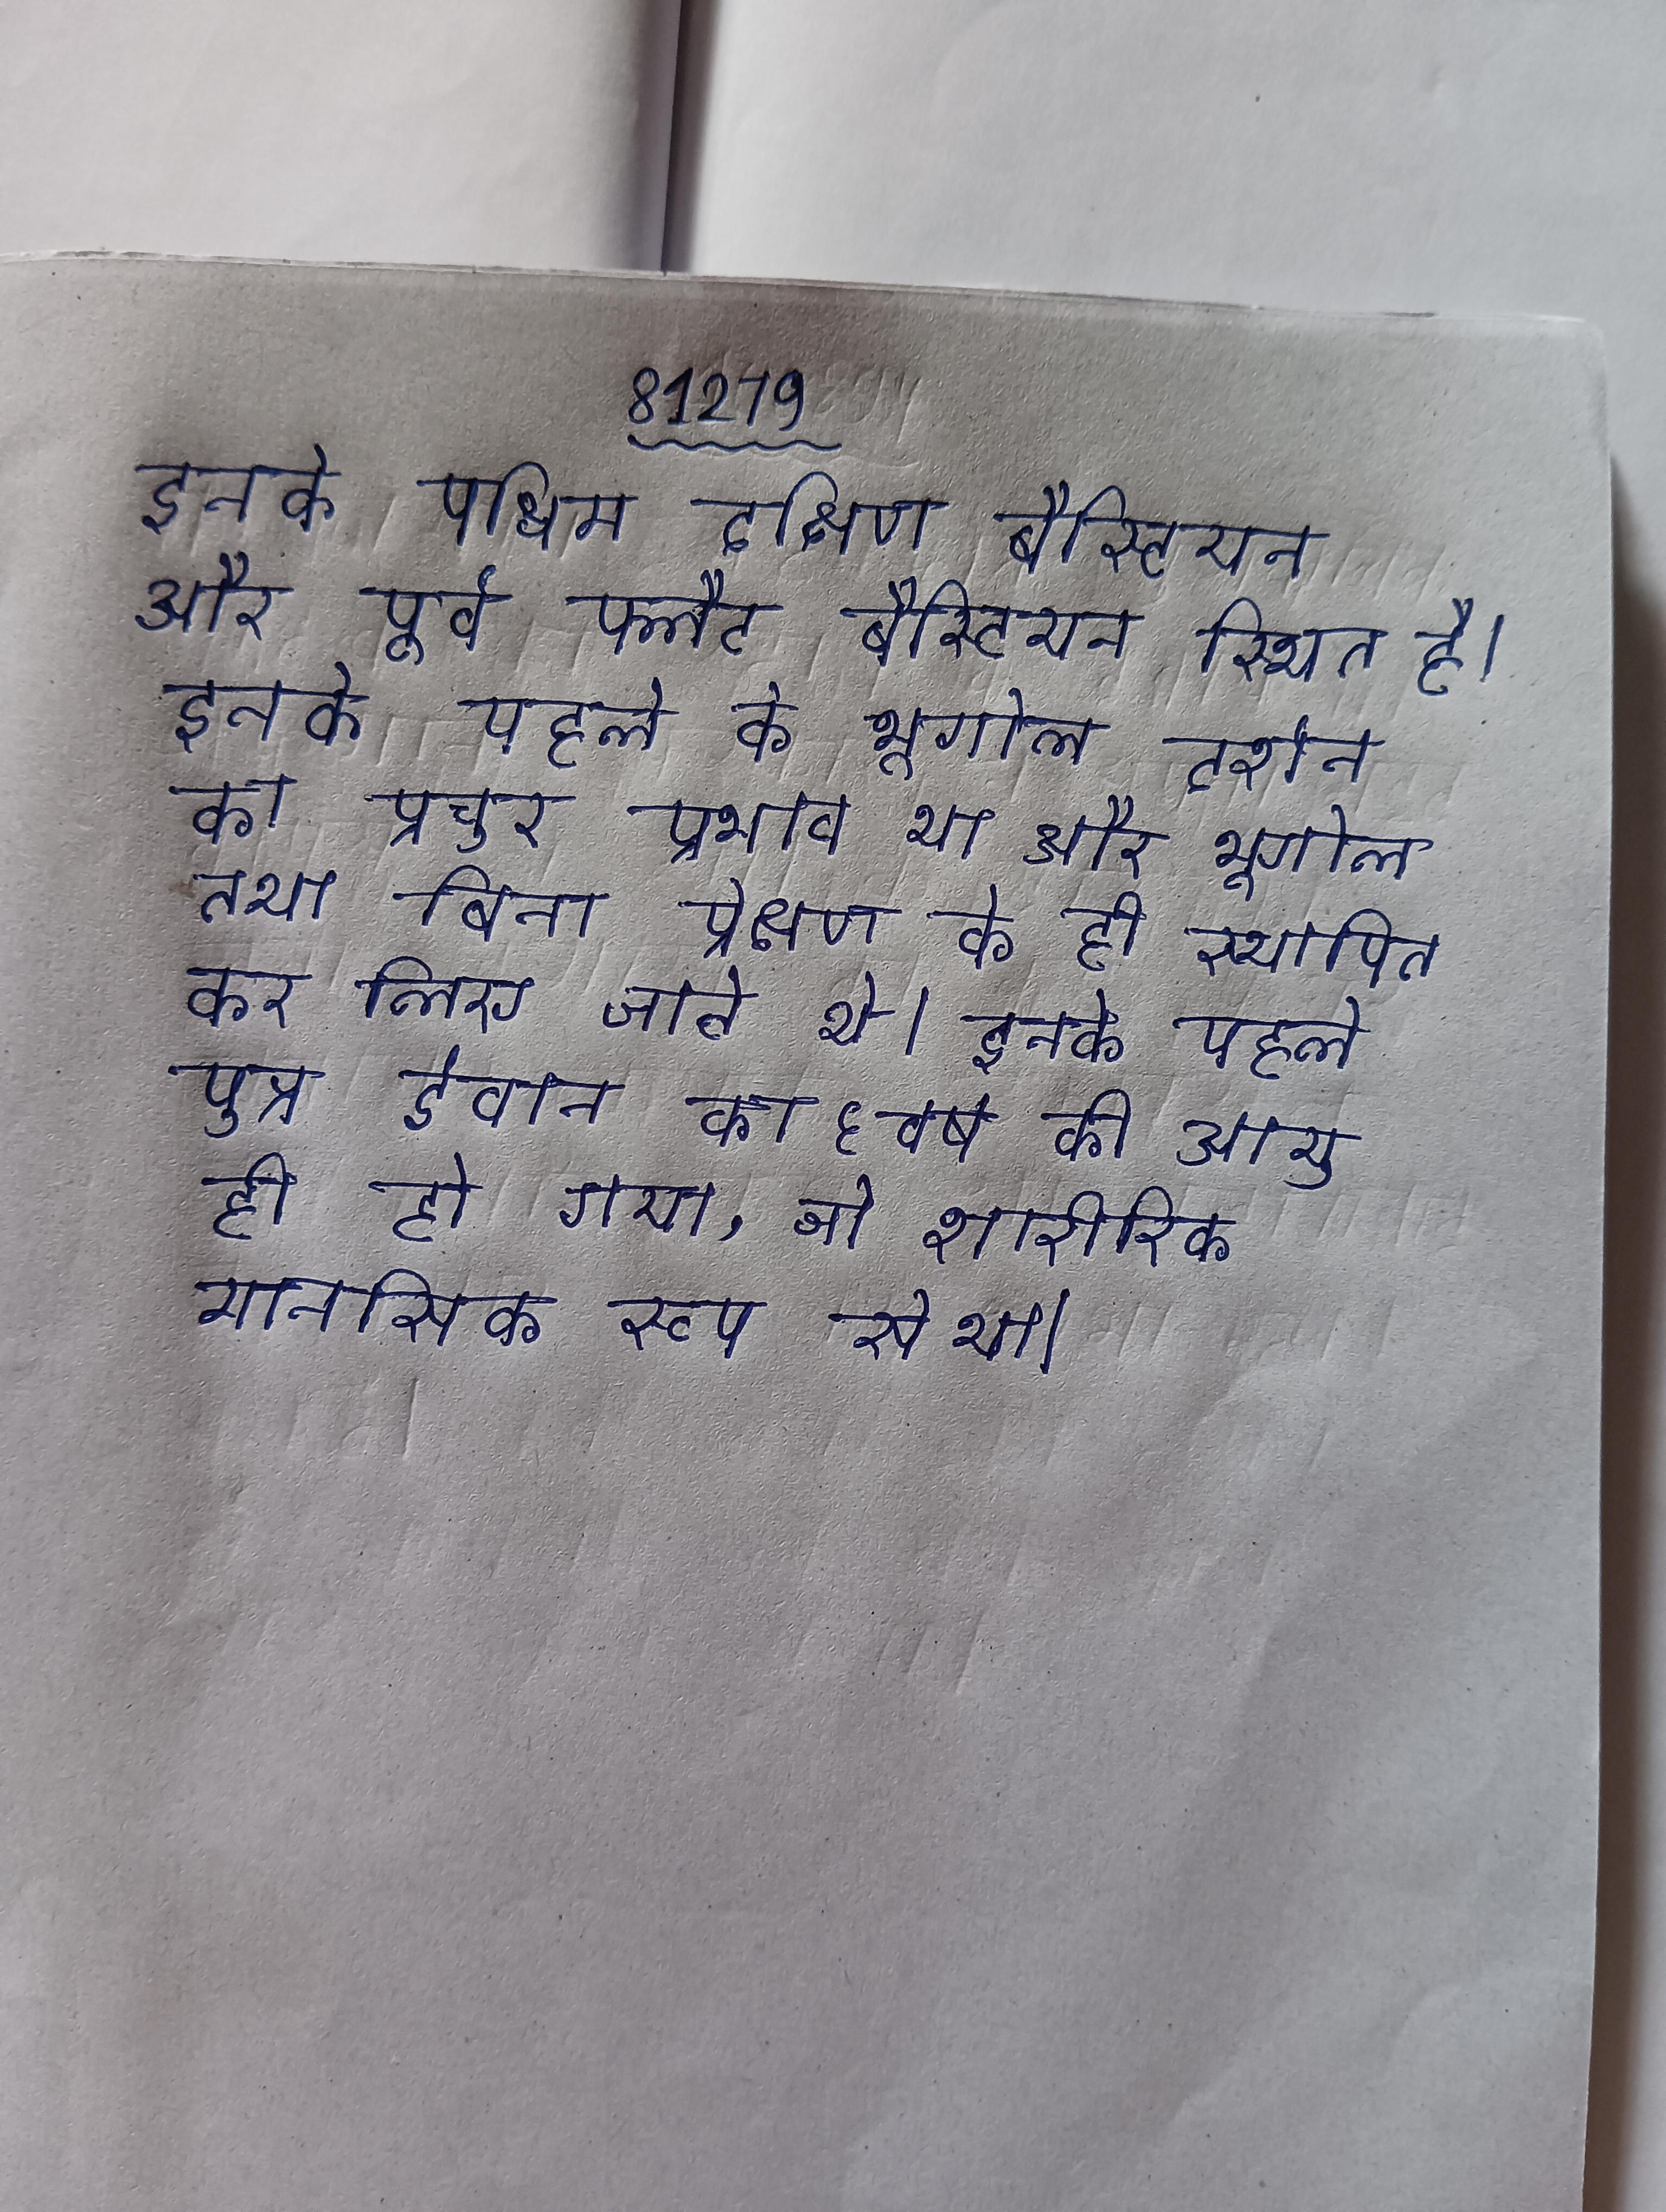
इनके पश्चिम दक्षिण बैस्टियन और पूर्व फ्लैट बैस्टियन स्थित है । इनके पहले के भूगोल दर्शन का प्रचुर प्रभाव था और भूगोल तथा बिना प्रेक्षण के ही स्थापित कर लिए जाते थे । इनके पहले पुत्र ईवान का ६ वर्ष की आयु ही हो गया, जो शारीरिक मानसिक रूप से था ।